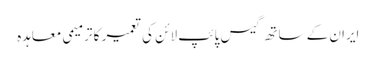
ایران کے ساتھ گیس پائپ لائن کی تعمیر کا ترمیمی معاہدہ